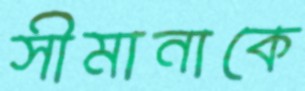
সীমানাকে